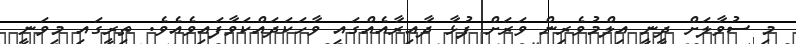
މި ސުވާލަށް ދީނީ އިލްމުވެރިން ވަރަށް ފުޅާ ދާއިރާއެއްގައި ވާހަކަދައްކަވާފައިވެއެވެ. ތިރީގައި މިވަނީ